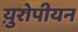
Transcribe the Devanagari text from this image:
य़ुरोपीयन